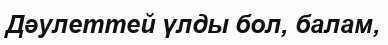
Дәулеттей үлды бол, балам,